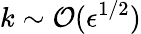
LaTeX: k\sim{\cal O}(\epsilon^{1/2})